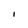
Character: I